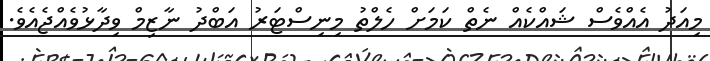
މިއަދު އެއްވެސް ޝައްކެއް ނެތް ކަމަށް ހެލްތު މިނިސްޓަރު އަބްދު ނާޒިމް ވިދާޅުވެއްޖެއެވެ.